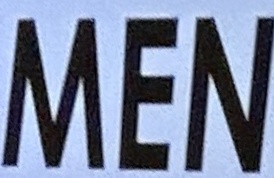
MEN